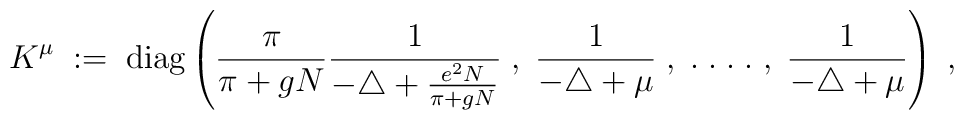
K^\mu \; := \; \mbox{diag} \left(\frac{\pi}{\pi + gN} \frac{1}{-\triangle+\frac{e^2N}{\pi + gN}} \; , \;\frac{1}{-\triangle +\mu}\; , \; . \; . \; . \; . \; , \;\frac{1}{-\triangle +\mu} \right) \; ,